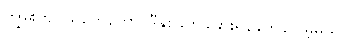
ကျွမ်းကျင်သူတွေတောင်ဒီနှစ်ခုကိုခွဲခြားရန်ခက်ခဲလိမ့်မယ်။